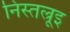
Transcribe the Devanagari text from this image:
निस्तल्रूइ